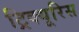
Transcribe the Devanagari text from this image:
ट्रिक्यूरिस